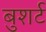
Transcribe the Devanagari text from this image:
बुशर्ट